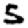
Digit: 5